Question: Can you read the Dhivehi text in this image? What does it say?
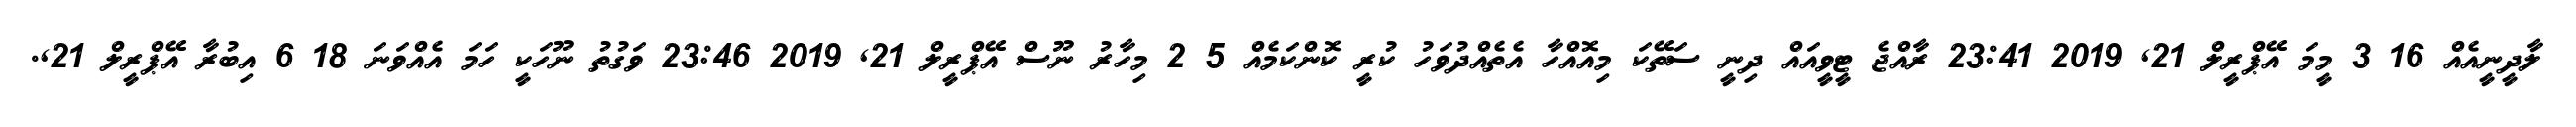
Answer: ލާދީނީއެއް 16 3 މީމަ އޭޕްރީލް 21, 2019 23:41 ރާއްޖެ ޓީވީއައް ދިނީ ސަތޭކަ މިއޮއްހާ އެތެއްދުވަހު ކުރީ ކޮންކަމެއް 5 2 މިހާރު ނޫސް އޭޕްރީލް 21, 2019 23:46 ވަގުތު ނޫހަކީ ހަމަ އެއްވަނަ 18 6 އިބުރާ އޭޕްރީލް 21,.